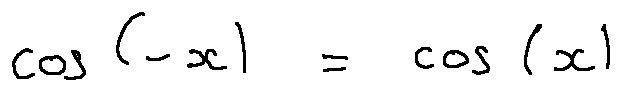
\cos ( - x ) = \cos ( x )